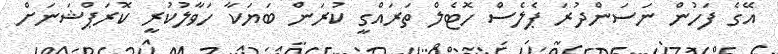
އޭގެ ފަހުން ނަސަންދުރަ ޕެލެސް ހޮޓެލް ތަރައްގީ ކުރަން ބަޔަކާ ހަވާލުކުރީ ކޮރަޕްޝަނަށް